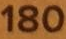
180